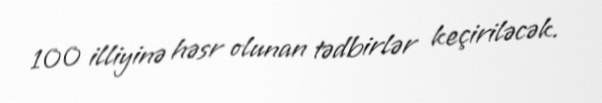
100 illiyinə həsr olunan tədbirlər keçiriləcək.